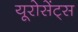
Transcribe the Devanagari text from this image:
यूरोसेंट्स